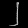
Digit: ၂